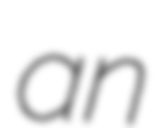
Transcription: an